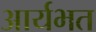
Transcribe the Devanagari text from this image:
आर्यभत